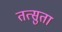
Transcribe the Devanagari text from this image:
तत्सुता